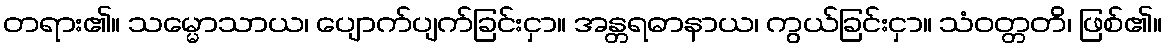
တရား၏။ သမ္မောသာယ၊ ပျောက်ပျက်ခြင်းငှာ။ အန္တရဓာနာယ၊ ကွယ်ခြင်းငှာ။ သံဝတ္တတိ၊ ဖြစ်၏။